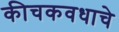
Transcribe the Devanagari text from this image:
कीचकवधाचे